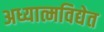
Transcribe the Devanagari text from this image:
अध्यात्मविद्येत